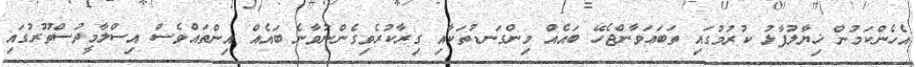
އެހެންކަމުން ޚިޔާލުފާޅު ކުރުމުގައި ތަބަޢަވާންޖެހޭ ބައެއް މިންގަނޑުތަކާއި ގިރާކުރެވިގެންނުވާނެ ބައެއް އިންތައްވެސް އިސްލާމީދުސްތޫރުގައި